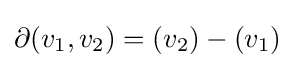
\partial (v_{1},v_{2})=(v_{2})-(v_{1})